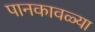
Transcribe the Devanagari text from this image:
पानकावळ्या